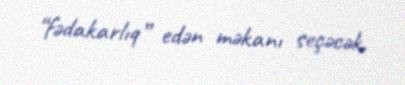
“fədakarlıq” edən məkanı seçəcək.